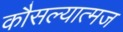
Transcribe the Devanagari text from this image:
कौसल्यात्मज